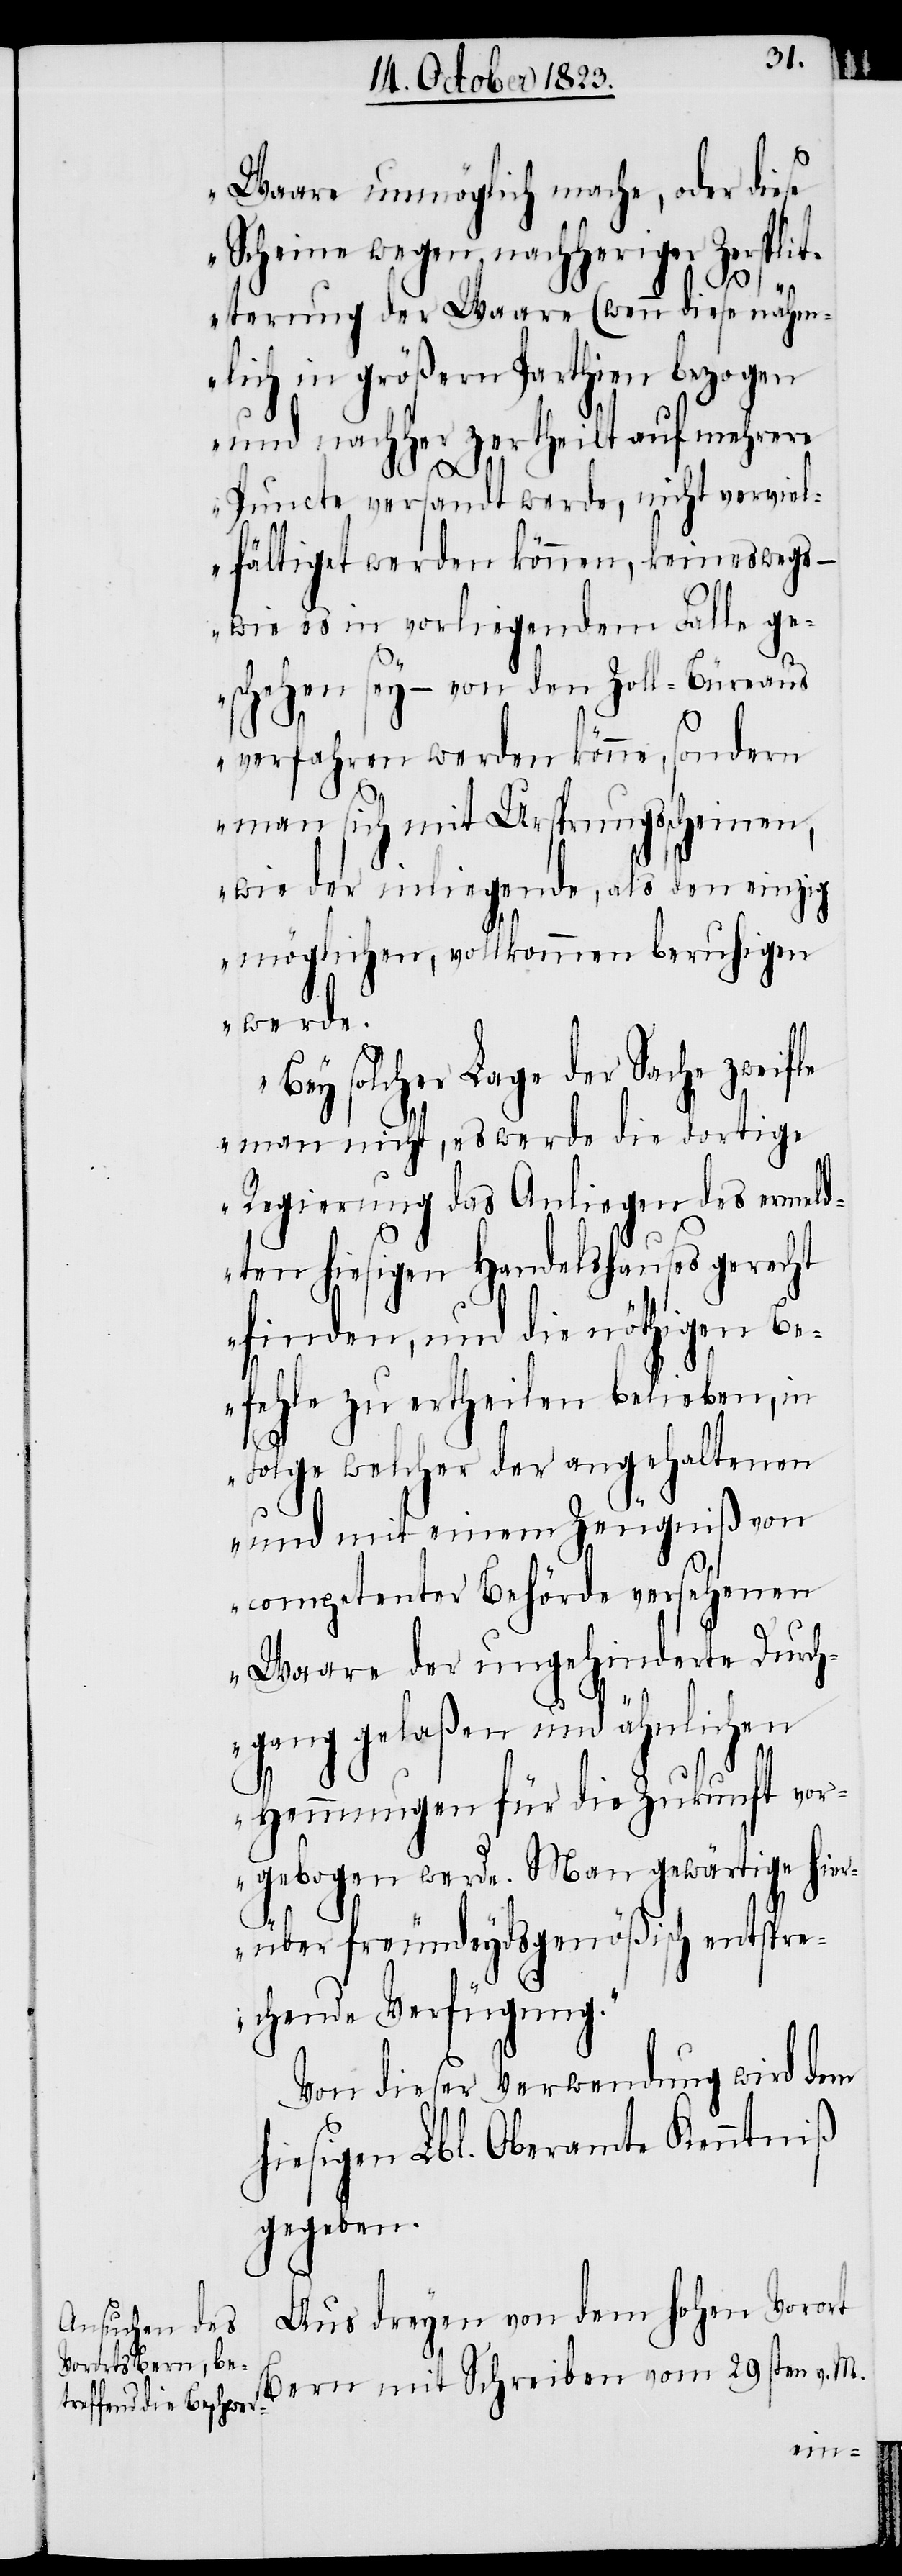
Waare unmöglich mache, oder diese
Scheine wegen nachheriger Zerspli¬
tterung der Waare (wenn diese nähm¬
lich in größern Parthien bezogen
und nachher zertheilt auf mehrere
Puncte versandt werde, nicht verviel¬
fältiget werden können, keineswegs –
wie es in vorliegendem Falle ge¬
schehen sey – von den Zoll-Büreaus
verfahren werden könne, sondern
man sich mit Ursprungsscheinen,
wie der inliegende, als den einzig
möglichen, vollkommen beruhigen
werde.
Bey solcher Lage der Sache
man nicht, es werde die dortige
Regierung das Anliegen des ermeld¬
ten hiesigen Handelshauses gerecht
finden, und die nöthigen Be¬
fehle zu ertheilen belieben, in
Folge welcher der angehaltenen
und mit einem Zeugniß von
competenter Behörde versehenen
Waare der ungehinderte Durch¬
gang gelaßen und ähnlichen
Hemmungen für die Zukunft vor¬
gebogen werde. Man gewärtige hier¬
über freundeydsgenößisch entspre¬
chende Verfügung.“
Von dieser Verwendung wird dem
hiesigen Lbl. Oberamte Kenntniß
gegeben.
Aus dreyen von dem hohen Vorort
Bern mit Schreiben vom 29sten v. M.